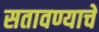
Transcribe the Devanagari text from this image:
सतावण्याचे